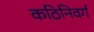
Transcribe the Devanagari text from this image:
कठिनिवर्ग